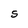
Character: S